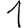
Digit: 1